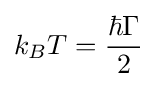
k_{B}T={\frac {\hbar \Gamma }{2}}